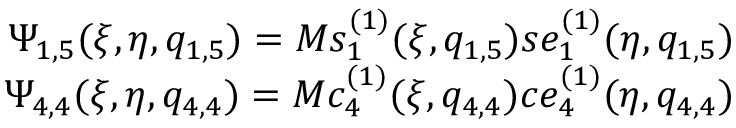
\begin{array} { r } { \Psi _ { 1 , 5 } ( \xi , \eta , q _ { 1 , 5 } ) = M s _ { 1 } ^ { ( 1 ) } ( \xi , q _ { 1 , 5 } ) s e _ { 1 } ^ { ( 1 ) } ( \eta , q _ { 1 , 5 } ) } \\ { \Psi _ { 4 , 4 } ( \xi , \eta , q _ { 4 , 4 } ) = M c _ { 4 } ^ { ( 1 ) } ( \xi , q _ { 4 , 4 } ) c e _ { 4 } ^ { ( 1 ) } ( \eta , q _ { 4 , 4 } ) } \end{array}